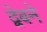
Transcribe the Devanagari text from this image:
द्वेबने